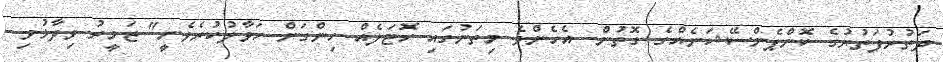
ދަތުރުފަތުރުގެ ކޮންޕެންސޭޝަނެއްގެ ގޮތުން. އެހެންވެ މިތަނުގައި ހޮޓަލެއް ހިންގަން ހަވާލުކުރެވެނީ" ޒަމީރު ވިދާޅުވި